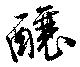
釀